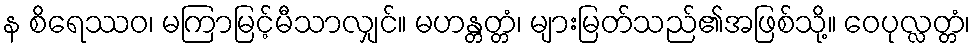
န စိရေဿဝ၊ မကြာမြင့်မီသာလျှင်။ မဟန္တတ္တံ၊ များမြတ်သည်၏အဖြစ်သို့။ ဝေပုလ္လတ္တံ၊